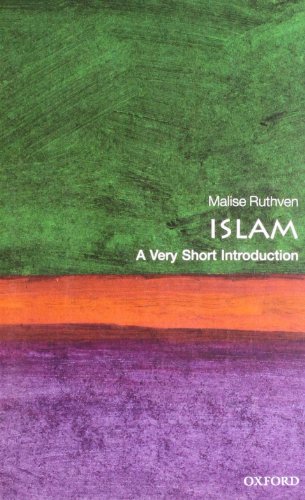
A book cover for Islam: A Very Short Introduction; Malise Ruthven; Religion & Spirituality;